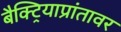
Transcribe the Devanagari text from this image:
बैक्ट्रियाप्रांतावर